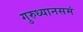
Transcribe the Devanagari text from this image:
गुरुध्यानसमं